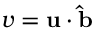
v = \mathbf { u } \cdot \mathbf { \hat { b } }